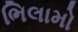
ભિલામો